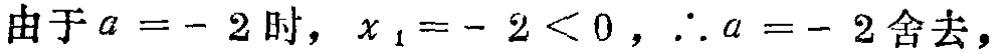
由于\(a = - 2\)时，\(x_{1} = - 2 < 0\)，\(\therefore a = - 2\)舍去，